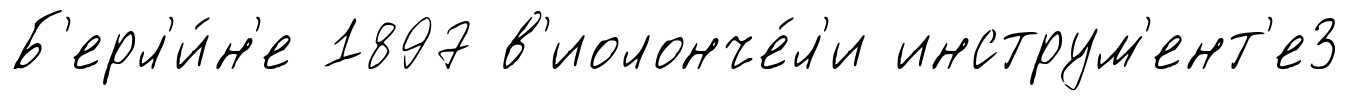
Б'ерл'и́н'е 1897 в'иолонче́л'и инструм'ент'е3